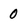
Character: 0